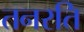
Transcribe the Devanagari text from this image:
तनरति